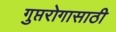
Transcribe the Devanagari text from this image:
गुप्तरोगासाठी